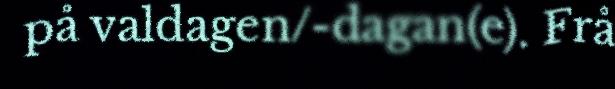
på valdagen/-dagan(e). Frå